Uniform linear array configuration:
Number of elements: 16
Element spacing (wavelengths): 0.75
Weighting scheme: binomial
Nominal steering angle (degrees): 30
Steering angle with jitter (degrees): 30.722
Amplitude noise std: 0.05
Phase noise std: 0.05

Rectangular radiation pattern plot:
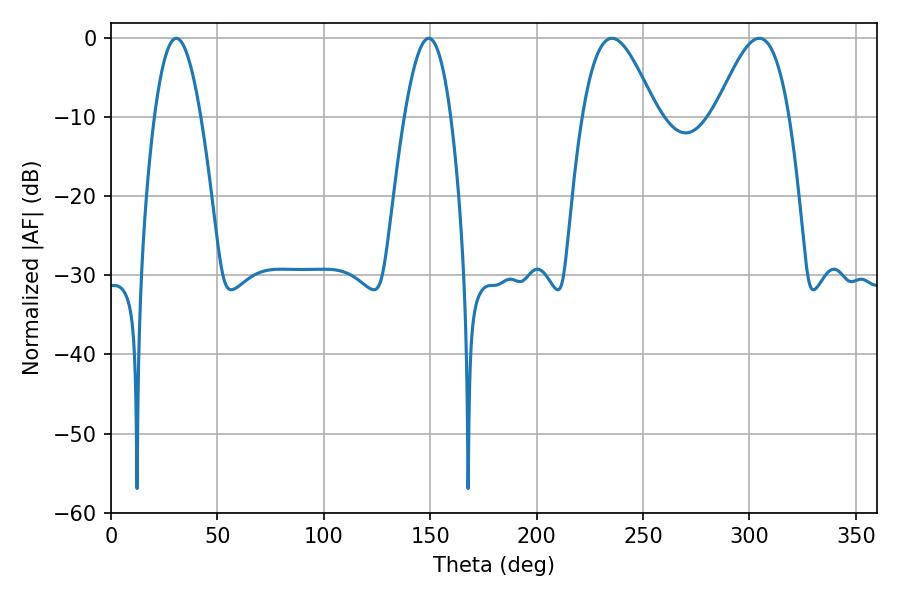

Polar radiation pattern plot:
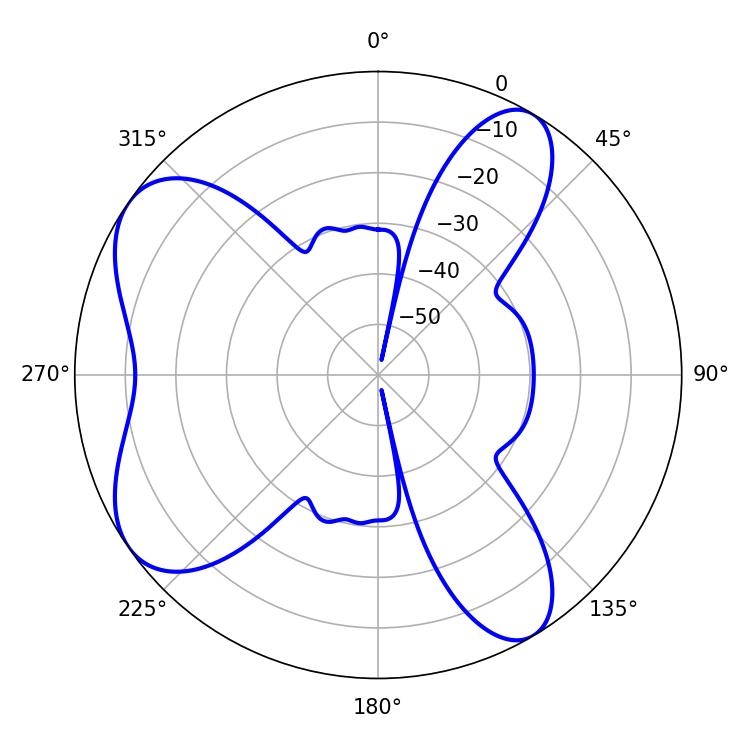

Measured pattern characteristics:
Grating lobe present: TRUE
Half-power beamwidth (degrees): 18.72
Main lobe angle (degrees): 235.44